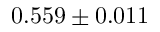
0 . 5 5 9 \pm 0 . 0 1 1